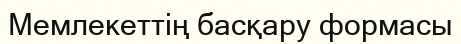
Мемлекеттің басқару формасы